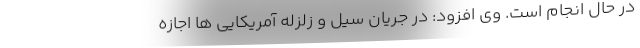
در حال انجام است. وی افزود: در جریان سیل و زلزله آمریکایی ها اجازه